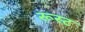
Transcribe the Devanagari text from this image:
रूस्ट